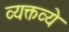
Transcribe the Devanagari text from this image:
व्यक्तव्ये